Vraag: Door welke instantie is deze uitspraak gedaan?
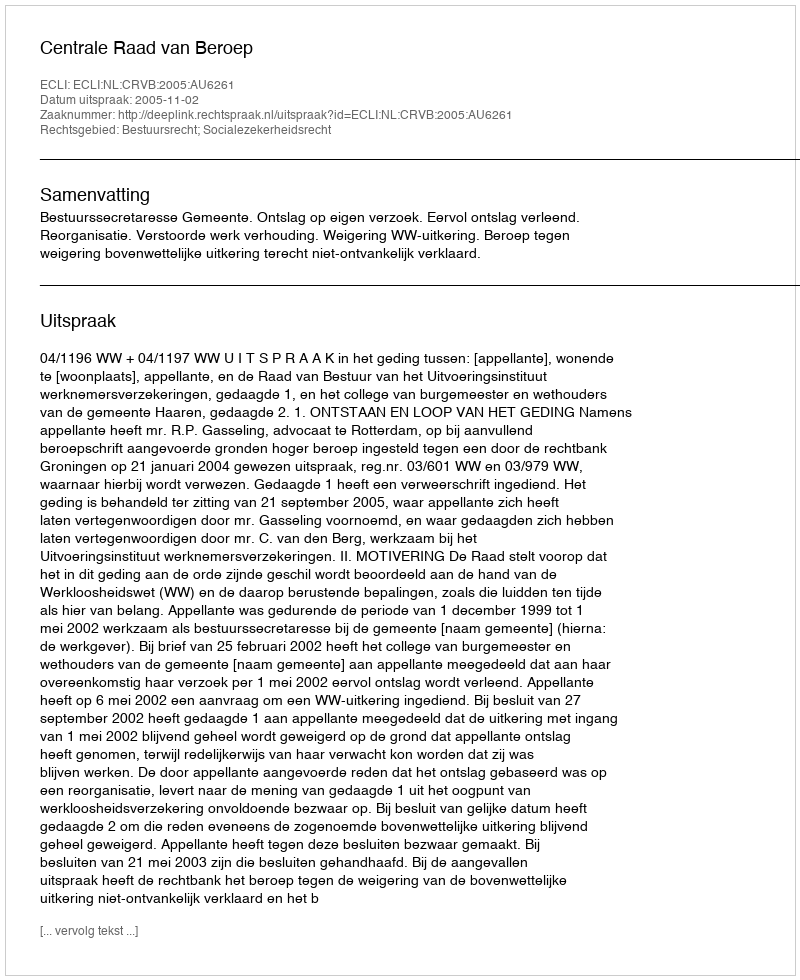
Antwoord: Centrale Raad van Beroep